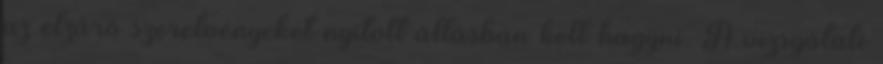
az elzáró szerelvényeket nyitott állásban kell hagyni. A vizsgálati